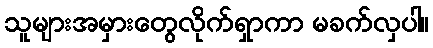
သူများအမှားတွေလိုက်ရှာကာ မခက်လှပါ။